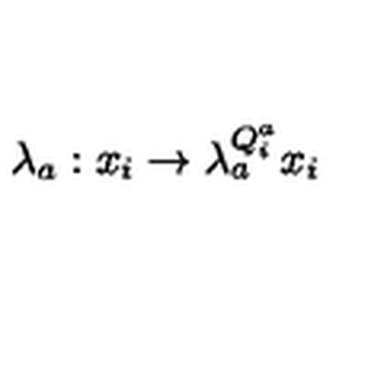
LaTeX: \lambda _ { a } : x _ { i } \rightarrow \lambda _ { a } ^ { Q _ { i } ^ { a } } x _ { i }